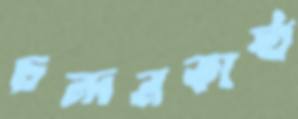
চন্দনকাষ্ঠ